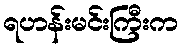
ရဟန်းမင်းကြီးက